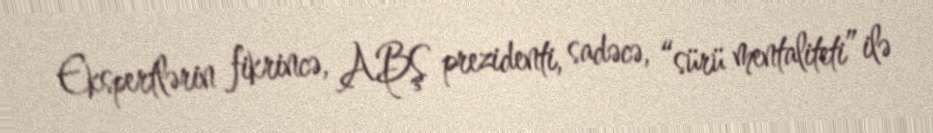
Ekspertlərin fikrincə, ABŞ prezidenti, sadəcə, “sürü mentaliteti” ilə